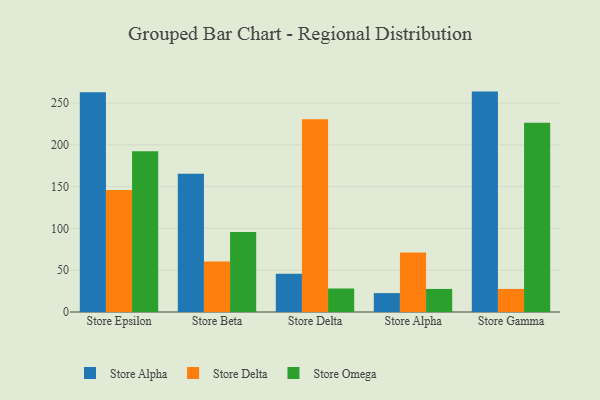
{"axis": {"x": "Store", "y": "Demand Index"}, "legend": ["Store Alpha", "Store Delta", "Store Omega"], "data": [{"x": "Store Epsilon", "y": 262.9, "type": "Store Alpha"}, {"x": "Store Epsilon", "y": 145.9, "type": "Store Delta"}, {"x": "Store Epsilon", "y": 192.2, "type": "Store Omega"}, {"x": "Store Beta", "y": 165.4, "type": "Store Alpha"}, {"x": "Store Beta", "y": 60.5, "type": "Store Delta"}, {"x": "Store Beta", "y": 95.8, "type": "Store Omega"}, {"x": "Store Delta", "y": 45.8, "type": "Store Alpha"}, {"x": "Store Delta", "y": 230.5, "type": "Store Delta"}, {"x": "Store Delta", "y": 28.1, "type": "Store Omega"}, {"x": "Store Alpha", "y": 22.6, "type": "Store Alpha"}, {"x": "Store Alpha", "y": 71.3, "type": "Store Delta"}, {"x": "Store Alpha", "y": 27.6, "type": "Store Omega"}, {"x": "Store Gamma", "y": 263.7, "type": "Store Alpha"}, {"x": "Store Gamma", "y": 27.6, "type": "Store Delta"}, {"x": "Store Gamma", "y": 226.3, "type": "Store Omega"}]}